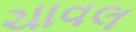
ચાવલ